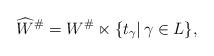
LaTeX: \begin{align*}\widehat{W}^{\#}= W^{\#} \ltimes \{ t_{\gamma} |\, \gamma \in L \}, \end{align*}